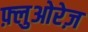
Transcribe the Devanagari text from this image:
फ़्लुओरेज़